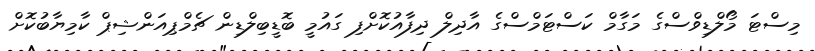
މިސްޓަ މޯލްޑިވްސްގެ މަގާމް ކަސްޓަމްސްގެ އާދިލް ދިފާއުކޮށްފި ގައުމީ ބޮޑީބިލްޑިން ޗެމްޕިއަންޝިޕް ކާމިޔާބުކޮށް